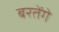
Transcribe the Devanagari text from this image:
बरतेंगे